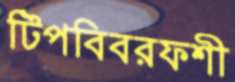
টিপবিবরফশী